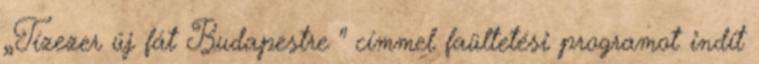
„Tízezer új fát Budapestre " címmel faültetési programot indít